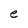
Character: e